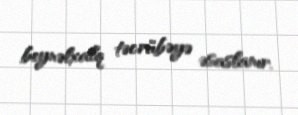
beynəlxalq təcrübəyə əsaslanır.